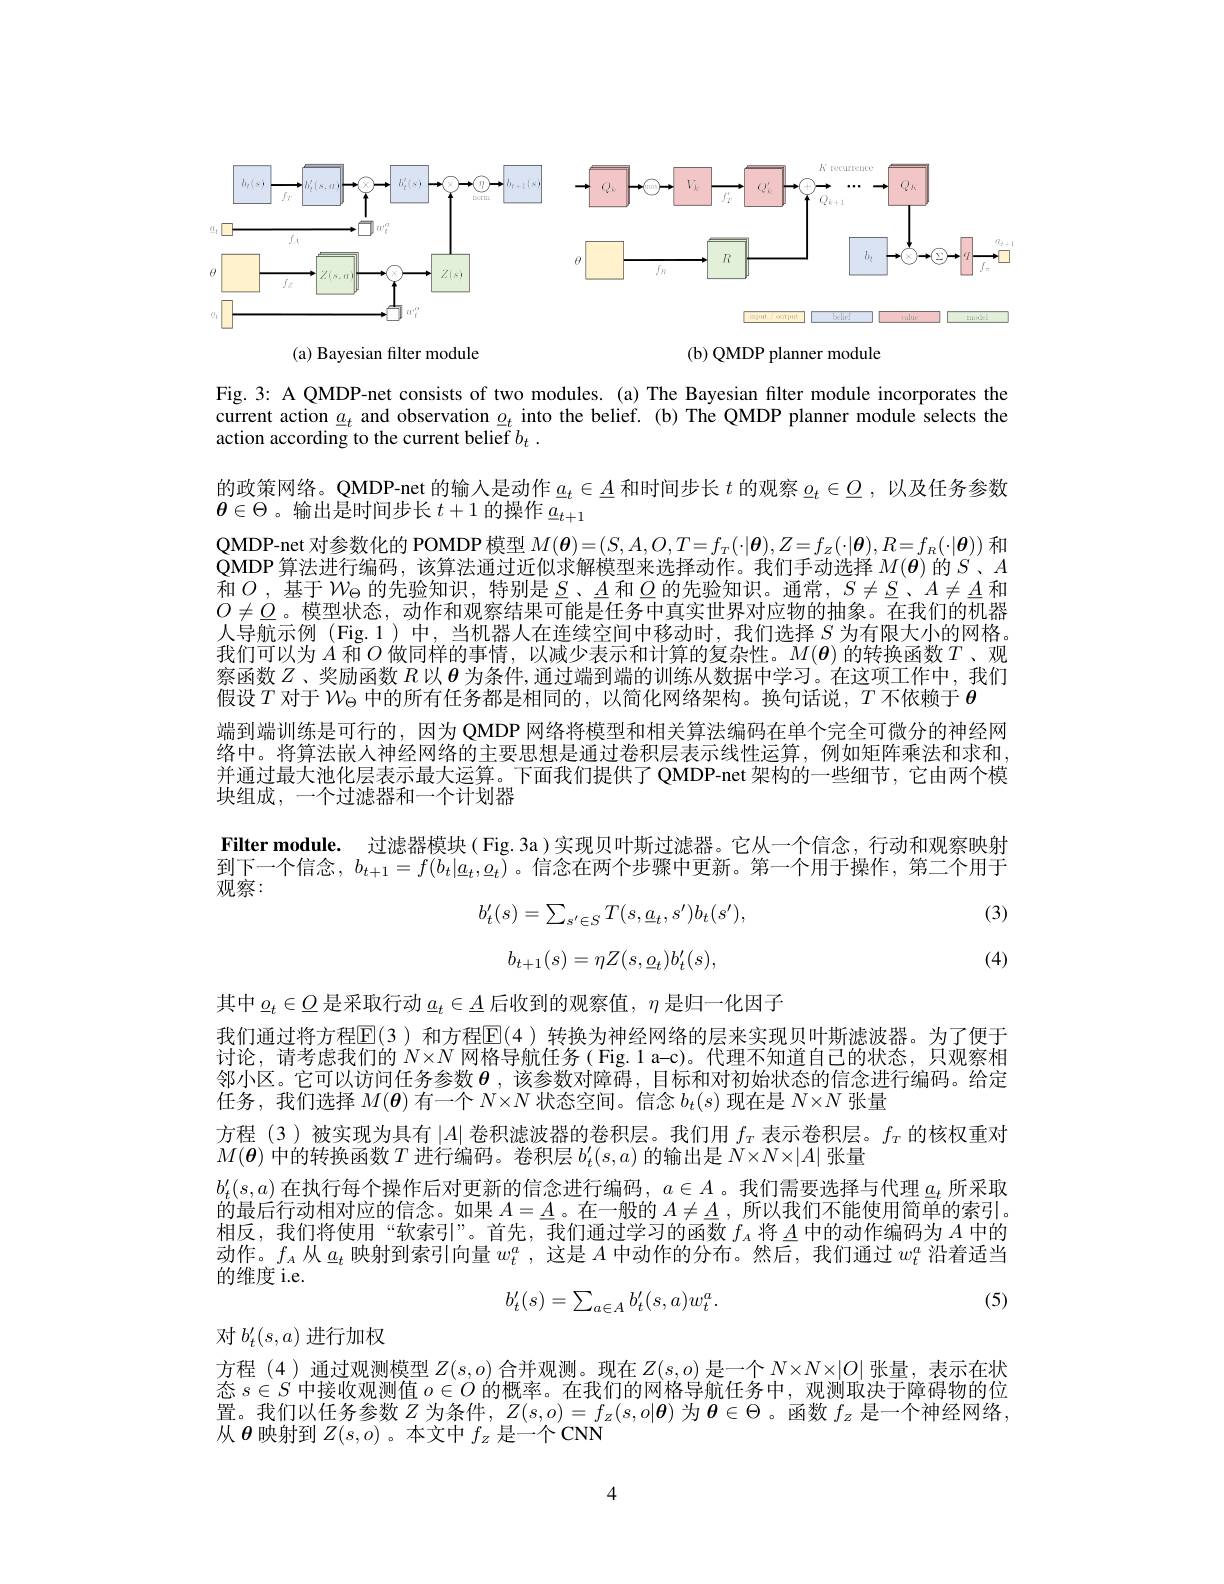
<FigureHere>

(a) Bayesian filter module

(b) QMDP planner module

Fig.3: A QMDP-net consists of two modules. (a) The Bayesian filter module incorporates the current action $\underline{a}_t$ and observation $\underline{o}_t$ into the belief. (b) The QMDP planner module selects the action according to the current belief $b_t$ .

的政策网络。QMDP-net 的输入是动作$\underline{a}_t\in\underline{A}$和时间步长$t$的观察$\underline{o}_t\in\underline{O}$ ,以及任务参数
$\theta\in\Theta$。输出是时间步长$t+1$的操作$\underline a_{t+1}^{-\iota}$
QMDP-net 对参数化的 POMDP 模型$M(\boldsymbol{\theta})=(S,A,O,T=f_T(\cdot|\boldsymbol{\theta}),Z=f_Z(\cdot|\boldsymbol{\theta}),R=f_R(\cdot|\boldsymbol{\theta}))$和QMDP算法进行编码，该算法通过近似求解模型来选择动作。我们手动选择$M(\boldsymbol{\theta})$的$S$、$A$ 和$O$,基于$W_\Theta$的先验知识，特别是$S$、$\underline A$和$\underline O$的先验知识。通常，$S\neq\underline S$、$A\neq\underline A$ 和$O\neq\underline{O}$。模型状态，动作和观察结果可能是任务中真实世界对应物的抽象。在我们的机器人导航示例(Fig.1)中，当机器人在连续空间中移动时，我们选择$S$为有限大小的网格。我们可以为$A$和$O$做同样的事情，以减少表示和计算的复杂性。$M(\boldsymbol{\theta})$的转换函数$T$ 、观察函数$Z$、奖励函数$R$以$\boldsymbol{\theta}$为条件，通过端到端的训练从数据中学习。在这项工作中，我们假设$T$对于$W_\Theta$中的所有任务都是相同的 , 以简化网络架构。换句话说，$T$不依赖于$\theta$
端到端训练是可行的，因为 QMDP 网络将模型和相关算法编码在单个完全可微分的神经网络中。将算法嵌人神经网络的主要思想是通过卷积层表示线性运算，例如矩阵乘法和求和并通过最大池化层表示最大运算。下面我们提供了 QMDP-net 架构的一些细节，它由两个模块组成，一个过滤器和一个计划器
Filter module. 过滤器模块( Fig. 3a )实现贝叶斯过滤器。它从一个信念，行动和观察映射到下一个信念，$b_t+1=f(b_t|\underline{a}_t,\underline{o}_t)$。信念在两个步骤中更新。第一个用于操作，第二个用于观察：

(3)
$$b'_t(s)=\sum_{s'\in S}T(s,\underline{a}_t,s')b_t(s'),$$
$$b_{t+1}(s)=\eta Z(s,\underline{o}_{t})b_{t}^{\prime}(s),$$
(4)

其中$\underline{o}_t\in\underline{O}$是采取行动$\underline a_t\in\underline{A}$后收到的观察值，$\eta$是归一化因子
我们通过将方程$\mathbb{E}(3)$ 和方程$\mathbb{E}(4)$ 转换为神经网络的层来实现贝叶斯滤波器。为了便于讨论，请考虑我们的$N\times N$网格导航任务( Fig.1 a-c)。代理不知道自己的状态，只观察相邻小区。它可以访问任务参数$\theta$ ,该参数对障碍，目标和对初始状态的信念进行编码。给定任务，我们选择$M(\boldsymbol{\theta})$有一个$N\times N$状态空间。信念$b_t(s)$现在是$N\times N$张量
方程(3)被实现为具有$\left|A\right|$卷积滤波器的卷积层。我们用 $f_T$ 表示卷积层。$f_T$ 的核权重对
$M(\boldsymbol{\theta})$中的转换函数$T$进行编码。卷积层$b_t^\prime(s,a)$的输出是$N\times N\times|A|$张量
$b_t^{\prime}(s,a)$在执行每个操作后对更新的信念进行编码，$a\in A$ 。我们需要选择与代理$\underline a_t$所采取的最后行动相对应的信念。如果$A=\underline A$。在一般的$A\neq\underline A$ ,所以我们不能使用简单的索引。相反，我们将使用“软索引”。首先，我们通过学习的函数$f_{A}$将$\underline{A}$中的动作编码为$A$中的动作。$f_A$从$\underline{a}_t$映射到索引向量$w_t^a$ ,这是$A$中动作的分布。然后，我们通过$w_t^a$沿着适当的维度 i.e.

(5)
$$b_t'(s)=\sum_{a\in A}b_t'(s,a)w_t^a.$$
对$b_t^{\prime}(s,a)$进行加权

方程(4)通过观测模型$Z(s,o)$合并观测。现在$Z(s,o)$是一个$N\times N\times|O|$张量，表示在状态$s\in S$中接收观测值$o\in O$的概率。在我们的网格导航任务中，观测取决于障碍物的位置。我们以任务参数$Z$为条件$,Z(s,o)=f_Z(s,o|\boldsymbol{\theta})$为$\boldsymbol{\theta}\in\Theta$ 。函数$f_z$是一个神经网络， 从$\boldsymbol{\theta}$映射到$Z(s,o)$ 。本文中$f_z$是一个 CNN

4